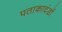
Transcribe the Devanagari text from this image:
पताकादंडों